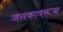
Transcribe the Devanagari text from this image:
जनकावरून